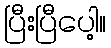
ပြီးပြီပေါ့။